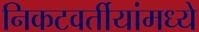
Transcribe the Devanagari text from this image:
निकटवर्तीयांमध्ये